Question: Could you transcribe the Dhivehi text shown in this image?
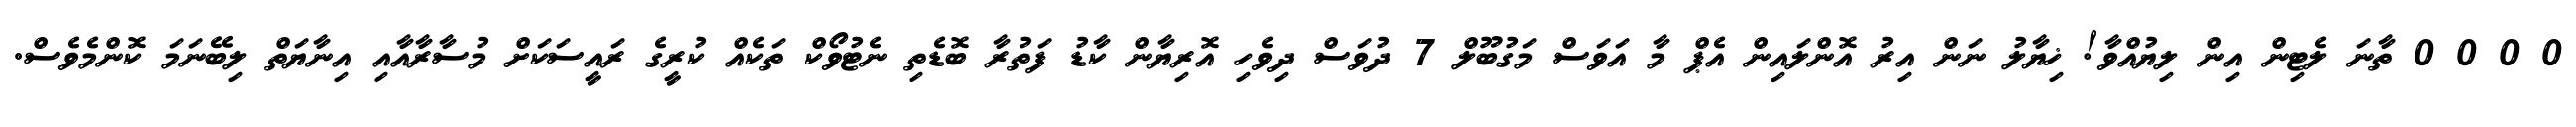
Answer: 0 0 0 0 ތާނަ ލެޓިން އިން ލިޔުއްވާ! ޚިޔާލު ނަން އިރު އޮންލައިން އެޕް މާ އަވަސް މަގުބޫލް 7 ދުވަސް ދިވެހި އޮރިޔާން ކާޑު ފަތުރާ ބޮޑެތި ނެޓުވޯކް ތަކެއް ކުރީގެ ރައީސަކަށް މުސާރާއާއި އިނާޔަތް ލިބޭނަމަ ކޮންމެވެސް.